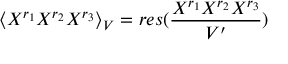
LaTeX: \langle X ^ { r _ { 1 } } X ^ { r _ { 2 } } X ^ { r _ { 3 } } \rangle _ { V } = r e s ( { \frac { X ^ { r _ { 1 } } X ^ { r _ { 2 } } X ^ { r _ { 3 } } } { V ^ { \prime } } } )